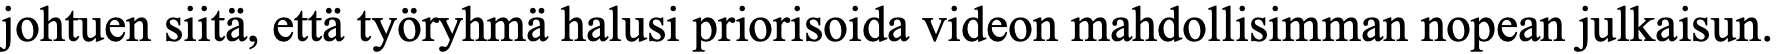
johtuen siitä, että työryhmä halusi priorisoida videon mahdollisimman nopean julkaisun.